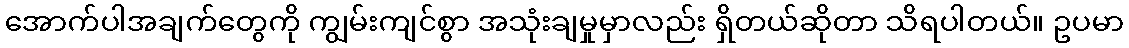
အောက်ပါအချက်တွေကို ကျွမ်းကျင်စွာ အသုံးချမှုမှာလည်း ရှိတယ်ဆိုတာ သိရပါတယ်။ ဥပမာ